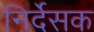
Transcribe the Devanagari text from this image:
निर्देसक